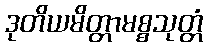
ဒုတိယမိတ္တာမစ္စသုတ္တံ